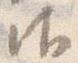
御